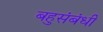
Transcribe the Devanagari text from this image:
बहुसंबंधी